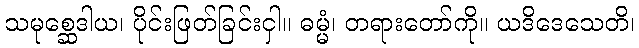
သမုစ္ဆေဒါယ၊ ပိုင်းဖြတ်ခြင်းငှါ။ ဓမ္မံ၊ တရားတော်ကို။ ယဒိဒေသေတိ၊